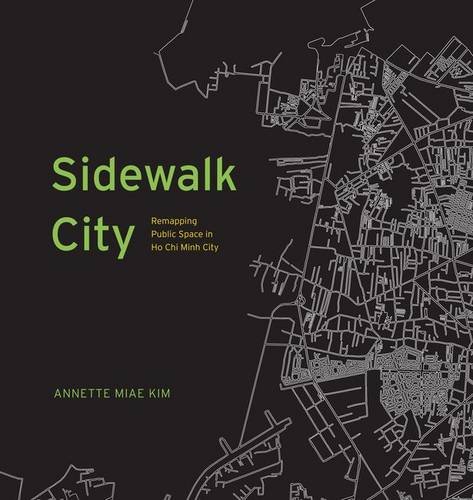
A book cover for Sidewalk City: Remapping Public Space in Ho Chi Minh City; Annette Miae Kim; Science & Math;